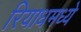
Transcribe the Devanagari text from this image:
रियाधमध्ये